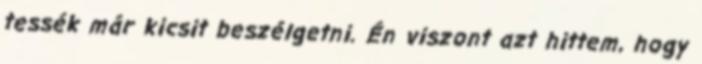
tessék már kicsit beszélgetni. Én viszont azt hittem, hogy